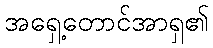
အရှေ့တောင်အာရှ၏